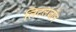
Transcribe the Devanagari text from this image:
लिटलजॉन